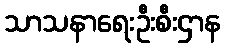
သာသနာရေးဦးစီးဌာန